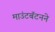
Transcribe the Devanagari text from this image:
माउंटबॅटनने